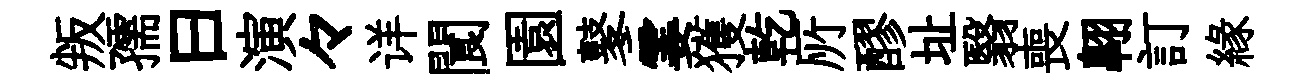
叛孺曰演々详閬園鼕霎獲乾𠩄醪址翳喪翺訂縁